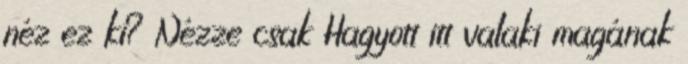
néz ez ki? Nézze csak Hagyott itt valaki magának